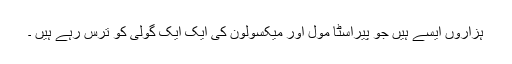
ہزاروں ایسے ہیں جو پیراسٹا مول اور میکسولون کی ایک ایک گولی کو ترس رہے ہیں ۔